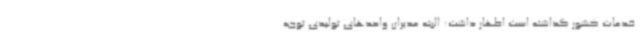
خدمات کشور گذاشته است اظهار داشت: البته مدیران واحدهای تولیدی توجه